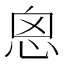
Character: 恖